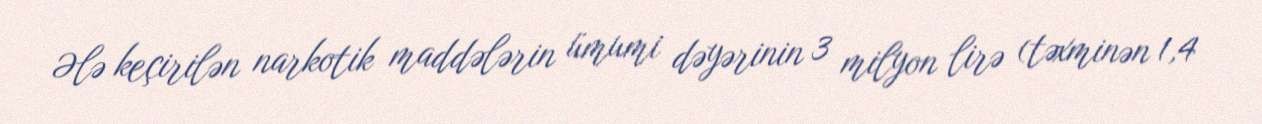
Ələ keçirilən narkotik maddələrin ümumi dəyərinin 3 milyon lirə (təxminən 1,4